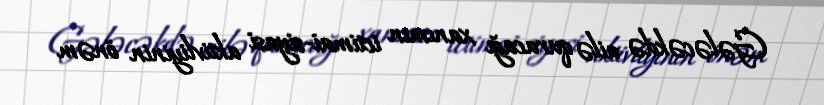
Gələcəkdə ailə quracağı xanımın ictimai-siyasi aktivliyinin önəm